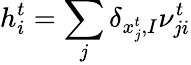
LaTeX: h_{i}^{t}=\sum_{j}\delta_{x_{j}^{t},I}\nu_{ji}^{t}